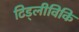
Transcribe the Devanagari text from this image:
टिड्लीविकि